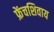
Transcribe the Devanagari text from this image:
फ्रेंचशिवाय